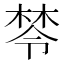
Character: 𣕯